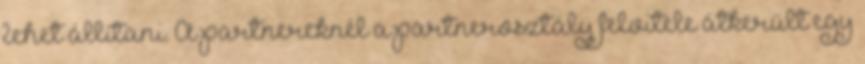
lehet állítani. A partnereknél a partnerosztály felvitele átkerült egy